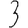
Digit: 3